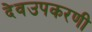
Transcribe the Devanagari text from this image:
देवउपकरणी